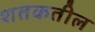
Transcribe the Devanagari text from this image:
शतकतील